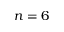
n = 6